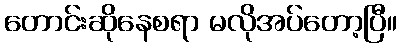
တောင်းဆိုနေစရာ မလိုအပ်တော့ပြီ။